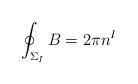
LaTeX: \begin{align*}\oint_{\Sigma_I}B=2\pi{}n^{I} \end{align*}